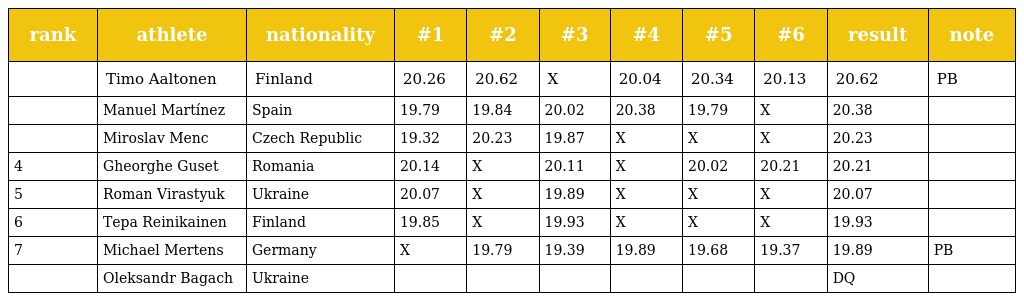
| rank | athlete | nationality | #1 | #2 | #3 | #4 | #5 | #6 | result | note |
 | --- | --- | --- | --- | --- | --- | --- | --- | --- | --- | --- |
 |  | Timo Aaltonen | Finland | 20.26 | 20.62 | X | 20.04 | 20.34 | 20.13 | 20.62 | PB |
 |  | Manuel Martínez | Spain | 19.79 | 19.84 | 20.02 | 20.38 | 19.79 | X | 20.38 |  |
 |  | Miroslav Menc | Czech Republic | 19.32 | 20.23 | 19.87 | X | X | X | 20.23 |  |
 | 4 | Gheorghe Guset | Romania | 20.14 | X | 20.11 | X | 20.02 | 20.21 | 20.21 |  |
 | 5 | Roman Virastyuk | Ukraine | 20.07 | X | 19.89 | X | X | X | 20.07 |  |
 | 6 | Tepa Reinikainen | Finland | 19.85 | X | 19.93 | X | X | X | 19.93 |  |
 | 7 | Michael Mertens | Germany | X | 19.79 | 19.39 | 19.89 | 19.68 | 19.37 | 19.89 | PB |
 |  | Oleksandr Bagach | Ukraine |  |  |  |  |  |  | DQ |  |